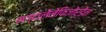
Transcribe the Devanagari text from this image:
मग्दालेनेफिजोर्डेन